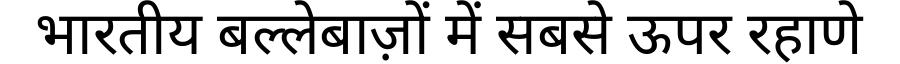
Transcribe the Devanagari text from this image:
भारतीय बल्लेबाज़ों में सबसे ऊपर रहाणे